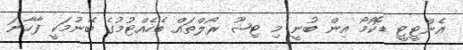
އެންޓީޓީ ޑޮކޯމޯ އިން ބުނީ މި ޓިޝޫ ރޯލްތައް ބެހެއްޓުމުގެ ބޭނުމަކީ ފާހާނަ